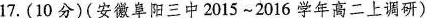
17.(10分)(安徽阜阳三中2015~2016学年高二上调研)